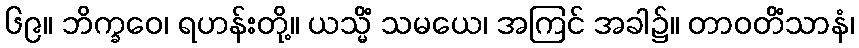
၆၉။ ဘိက္ခဝေ၊ ရဟန်းတို့။ ယသ္မိံ သမယေ၊ အကြင် အခါ၌။ တာဝတိံသာနံ၊